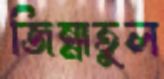
জিন্নাতুল